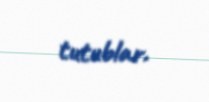
tutublar.